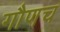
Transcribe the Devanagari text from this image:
गौणच